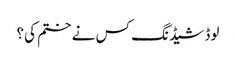
لوڈ شیڈنگ کس نے ختم کی؟